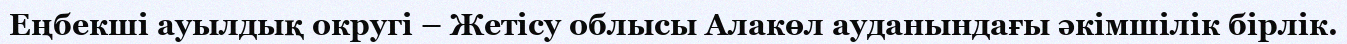
Еңбекші ауылдық округі – Жетісу облысы Алакөл ауданындағы әкімшілік бірлік.